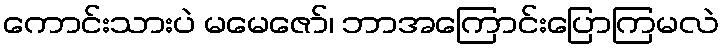
ကောင်းသားပဲ မမေဇော်၊ ဘာအကြောင်းပြောကြမလဲ